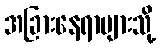
အခြားနေရာများသို့